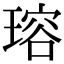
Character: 瑢